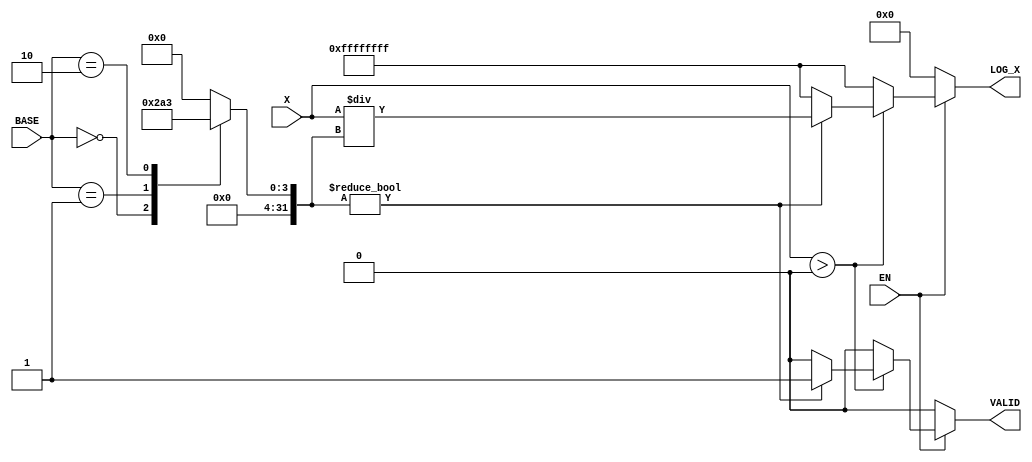
module LogarithmFunctionGenerator (
    input wire [31:0] X,      // Input value (positive real number)
    input wire [1:0] BASE,    // Base selection (00: base 2, 01: base 10, 10: natural log)
    input wire EN,            // Enable signal
    output reg [31:0] LOG_X,  // Logarithm result
    output reg VALID          // Valid output signal
);

    // Internal signals
    reg [31:0] log_base;      // Logarithm of the base
    reg [31:0] log_value;     // Logarithm of the input value
    reg [31:0] temp_result;   // Temporary result for calculations

    // Logarithm calculation using a simple approximation (for demonstration)
    // In practice, you would replace this with a more sophisticated method
    function [31:0] compute_log;
        input [31:0] value;
        begin
            // Simple approximation for demonstration purposes
            // In practice, use Taylor series, CORDIC, or LUT
            compute_log = value; // Placeholder for actual log computation
        end
    endfunction

    always @(*) begin
        if (EN) begin
            // Input conditioning (check if X is positive)
            if (X > 0) begin
                // Calculate log of the input value
                log_value = compute_log(X);
                
                // Select base for logarithm calculation
                case (BASE)
                    2'b00: log_base = compute_log(2);   // Base 2
                    2'b01: log_base = compute_log(10);  // Base 10
                    2'b10: log_base = compute_log(2.71828); // Natural log (base e)
                    default: log_base = 32'h00000000;    // Default case
                endcase
                
                // Change of base formula: log_b(x) = log_k(x) / log_k(b)
                if (log_base != 0) begin
                    temp_result = log_value / log_base; // Simplified division
                    LOG_X = temp_result;
                    VALID = 1'b1; // Output is valid
                end else begin
                    LOG_X = 32'hFFFFFFFF; // Error case (logarithm undefined)
                    VALID = 1'b0; // Output not valid
                end
            end else begin
                LOG_X = 32'hFFFFFFFF; // Error case (logarithm undefined)
                VALID = 1'b0; // Output not valid
            end
        end else begin
            LOG_X = 32'h00000000; // Reset output
            VALID = 1'b0; // Output not valid
        end
    end
endmodule